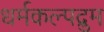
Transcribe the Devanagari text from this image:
धर्मकल्पद्रुम